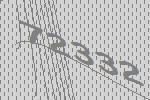
72332